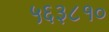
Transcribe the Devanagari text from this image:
५६३८१०